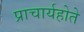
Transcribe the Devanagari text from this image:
प्राचार्यहोते